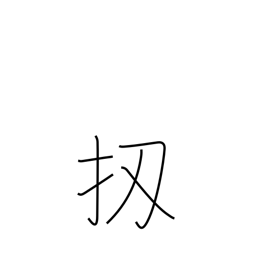
Meaning: well